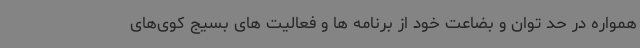
همواره در حد توان و بضاعت خود از برنامه ها و فعالیت های بسیج کوی‌های